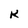
Character: W